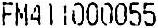
FM411000055